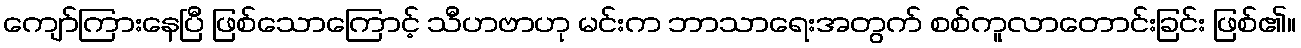
ကျော်ကြားနေပြီ ဖြစ်သောကြောင့် သီဟဗာဟု မင်းက ဘာသာရေးအတွက် စစ်ကူလာတောင်းခြင်း ဖြစ်၏။